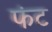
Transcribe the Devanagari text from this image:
फंट